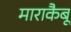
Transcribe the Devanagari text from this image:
माराकैबू